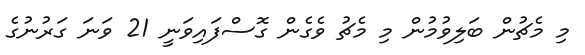
މި މެޗުން ބަލިވުމުން މި މެޗު ވެގެން ގޮސްފައިވަނީ 21 ވަނަ ގަރުނުގެ